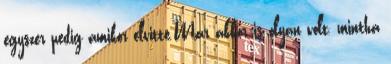
egyszer pedig amikor elvitte.Már akkor is olyan volt, mintha